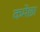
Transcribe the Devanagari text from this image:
कमेछा